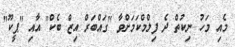
މެއި މަހު ނިކުތް ދެ ފިލްމްކަމަށްވާ "ގައްބަރް އިޒް ބެކް" އާއި "ޕީކޫ"